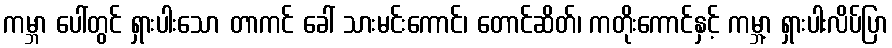
ကမ္ဘာ ပေါ်တွင် ရှားပါးသော တာကင် ခေါ် သားမင်းကောင်၊ တောင်ဆိတ်၊ ကတိုးကောင်နှင့် ကမ္ဘာ့ ရှားပါးလိပ်ပြာ